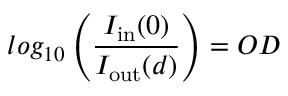
l o g _ { 1 0 } \left( \frac { I _ { \mathrm { i n } } ( 0 ) } { I _ { \mathrm { o u t } } ( d ) } \right) = O D